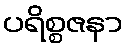
ပရိစ္စဇနာ